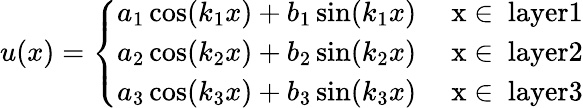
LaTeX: u(x)=\left\{ \begin{array}{ll}{a_{1}\cos(k_{1}x)+b_{1}\sin(k_{1}x)}&{\mathrm{~x\in~}\textrm{layer}1}\\ {a_{2}\cos(k_{2}x)+b_{2}\sin(k_{2}x)}&{\mathrm{~x\in~}\textrm{layer}2}\\ {a_{3}\cos(k_{3}x)+b_{3}\sin(k_{3}x)}&{\mathrm{~x\in~}\textrm{layer}3}\end{array}\right.